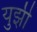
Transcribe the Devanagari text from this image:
युझी